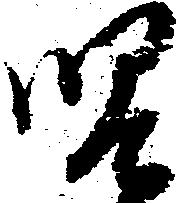
児